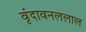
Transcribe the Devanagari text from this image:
वृंदावनललाल